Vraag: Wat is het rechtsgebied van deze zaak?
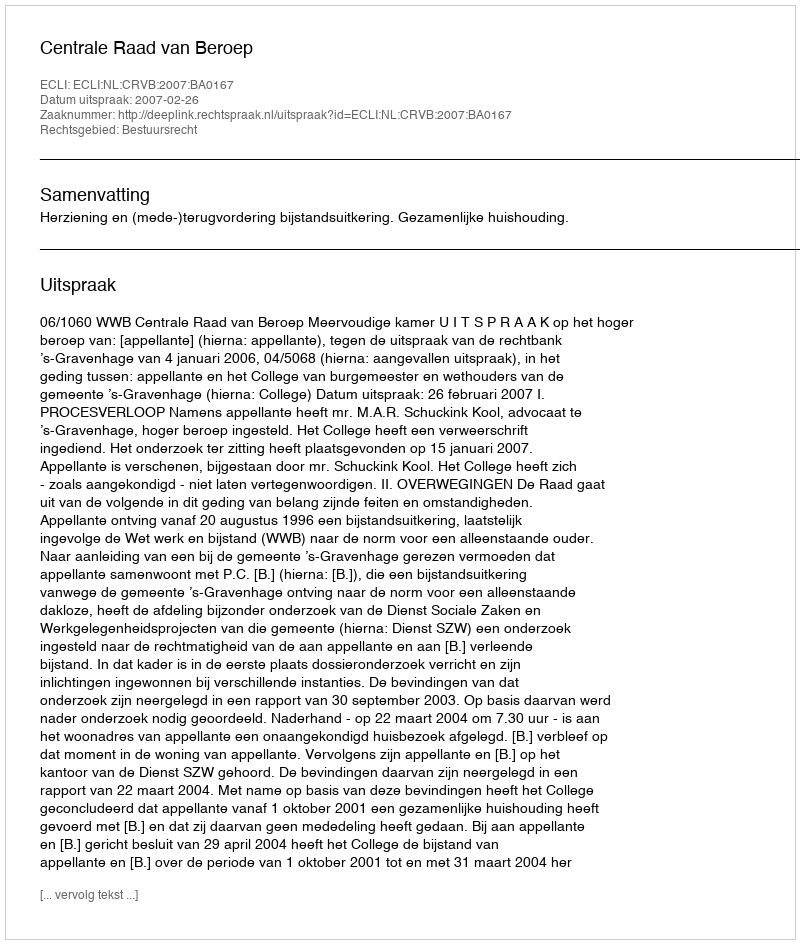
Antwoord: Bestuursrecht